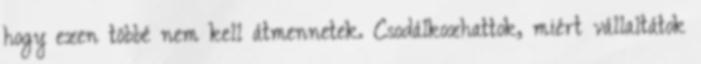
hogy ezen többé nem kell átmennetek. Csodálkozhattok, miért vállaltátok